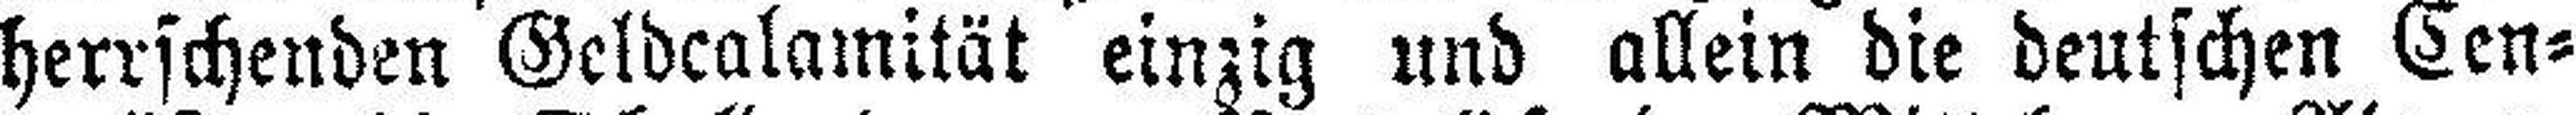
herrschenden Geldcalamität einzig und allein die deutschen Cen¬